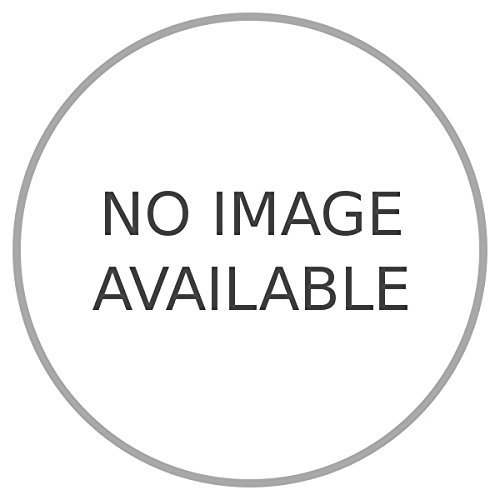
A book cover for Honduras e Nicaragua.; CAPRA Giuseppe -; Travel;